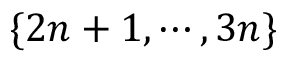
\{ 2 n + 1 , \cdots , 3 n \}